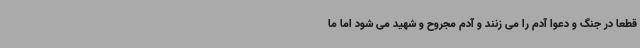
قطعا در جنگ و دعوا آدم را می زنند و آدم مجروح و شهید می شود اما ما